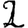
Digit: 2